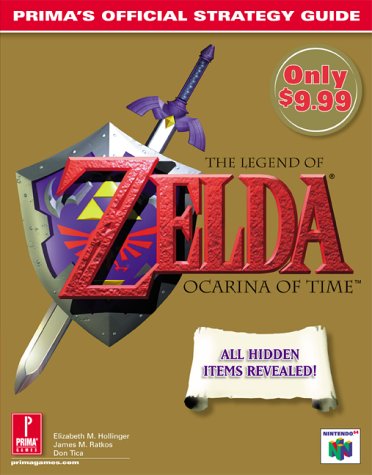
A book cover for The Legend of Zelda: Ocarina of Time: Prima's Official Strategy Guide; Elizabeth M. Hollinger; Computers & Technology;